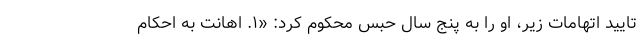
تایید اتهامات زیر، او را به پنج سال حبس محکوم کرد: «۱. اهانت به احکام